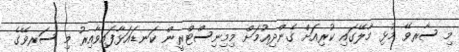
މި ސާރވޭ މުޅި މާލޭގައި ކުރިއަށް ގެންދިއުމަށް މިމިނިސްޓްރީން ކަނޑައަޅާފައިވާއިރު މި ސަރވޭގެ